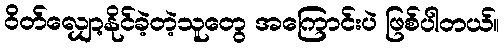
ဝိတ်လျှော့နိုင်ခဲ့တဲ့သူတွေ အကြောင်းပဲ ဖြစ်ပါတယ်။